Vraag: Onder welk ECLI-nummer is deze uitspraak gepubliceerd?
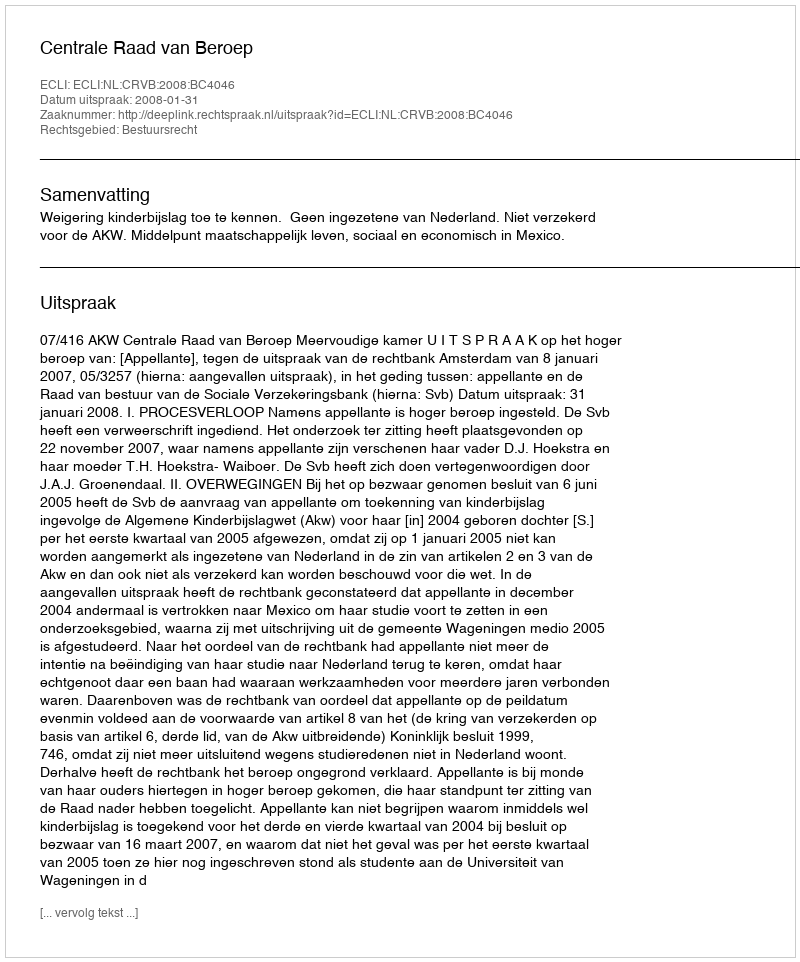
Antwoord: ECLI:NL:CRVB:2008:BC4046